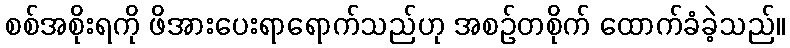
စစ်အစိုးရကို ဖိအားပေးရာရောက်သည်ဟု အစဉ်တစိုက် ထောက်ခံခဲ့သည်။